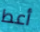
أعط